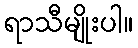
ရာသီမျိုးပါ။